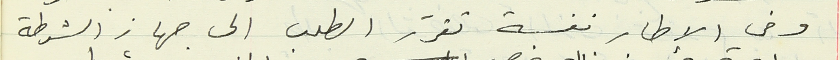
وفي الإطار نفسة تقرر الطلب الى جهاز الشرطة